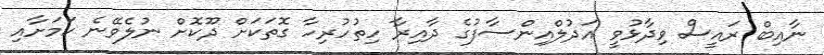
ނާއިބް ރައީސް ވިދާޅުވީ އަދުލްއިންސާފުގެ ދާއިރާ ހިތުހުރިހާ ގޮތަކަށް ދޫކޮށް ނުލެވޭނެ ކަމަށާއި